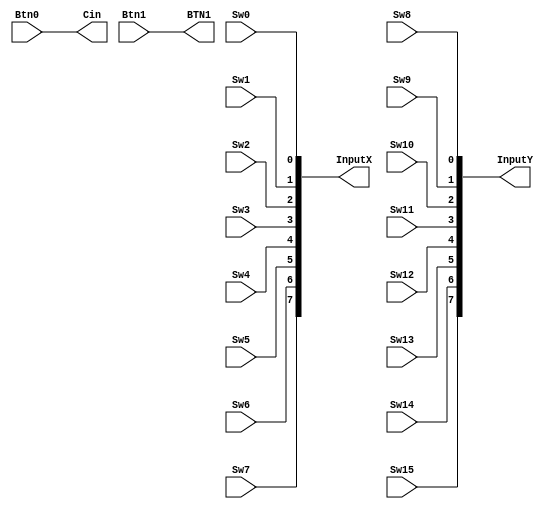
`timescale 1ns / 1ps
//////////////////////////////////////////////////////////////////////////////////
// Company: 
// Engineer: 
// 
// Create Date:    
// Design Name: 
// Module Name:    InputRead 
// Project Name: 
// Target Devices: 
// Tool versions: 
// Description: 
//
// Dependencies: 
//
// Revision: 
// Revision 0.01 - File Created
// Additional Comments: 
//
//////////////////////////////////////////////////////////////////////////////////
module InputRead(Sw0,Sw1,Sw2,Sw3,Sw4,Sw5,Sw6,Sw7,Sw8,Sw9,Sw10,Sw11,Sw12,Sw13,Sw14,Sw15, Btn0, Btn1, InputX, InputY, Cin, BTN1);
    input Sw0,Sw1,Sw2,Sw3,Sw4,Sw5,Sw6,Sw7,Sw8,Sw9,Sw10,Sw11,Sw12,Sw13,Sw14,Sw15;
 	input Btn0,Btn1;
    output [7:0] InputX;
    output [7:0] InputY;
    output Cin;
    output BTN1;

   assign InputX ={Sw7,Sw6,Sw5,Sw4,Sw3,Sw2,Sw1,Sw0};
   assign InputY = {Sw15,Sw14,Sw13,Sw12,Sw11,Sw10,Sw9,Sw8}; 

assign Cin=Btn0;
assign BTN1=Btn1;

endmodule